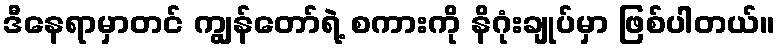
ဒီနေရာမှာတင် ကျွန်တော်ရဲ့ စကားကို နိဂုံးချုပ်မှာ ဖြစ်ပါတယ်။